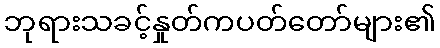
ဘုရားသခင့်နှုတ်ကပတ်တော်များ၏